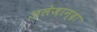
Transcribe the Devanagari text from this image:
अलेज़ान्द्रा